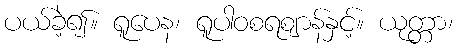
ပယ်ခဲ့၍။ ရူပေန၊ ရူပါဝစရဈာန်နှင့်။ ယုတ္တာ၊